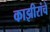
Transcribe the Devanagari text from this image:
काझीरांचे